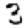
Digit: 3